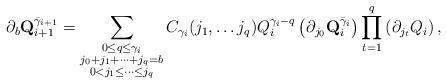
LaTeX: \begin{align*}\partial_b\mathbf{Q}_{i+1}^{{\bar\gamma}_{i+1}}=\sum\limits_{\substack{0\leq q\le\gamma_i\\j_0+j_1+\dots+j_q=b\\0<j_1\le\dots\le j_q}}C_{\gamma_i}(j_1,\dots j_q)Q_i^{\gamma_i-q}\left(\partial_{j_0}\mathbf{Q}_i^{{\bar\gamma}_i}\right)\prod\limits_{t=1}^q\left(\partial_{j_t}Q_i\right),\end{align*}